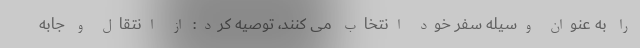
را به عنوان وسیله سفر خود انتخاب می کنند، توصیه کرد: از انتقال و جابه